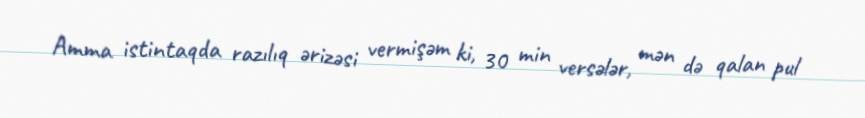
Amma istintaqda razılıq ərizəsi vermişəm ki, 30 min versələr, mən də qalan pul